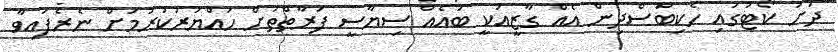
ދަށު ކޯޓުގައި ހެކިބަސްދިން އެއް ގާޒީއަކީ ބައެއް ސިޔާސީ ފަރާތްތަށް ހައްޔަރުކުރުމަށް ނެރެފައިވާ